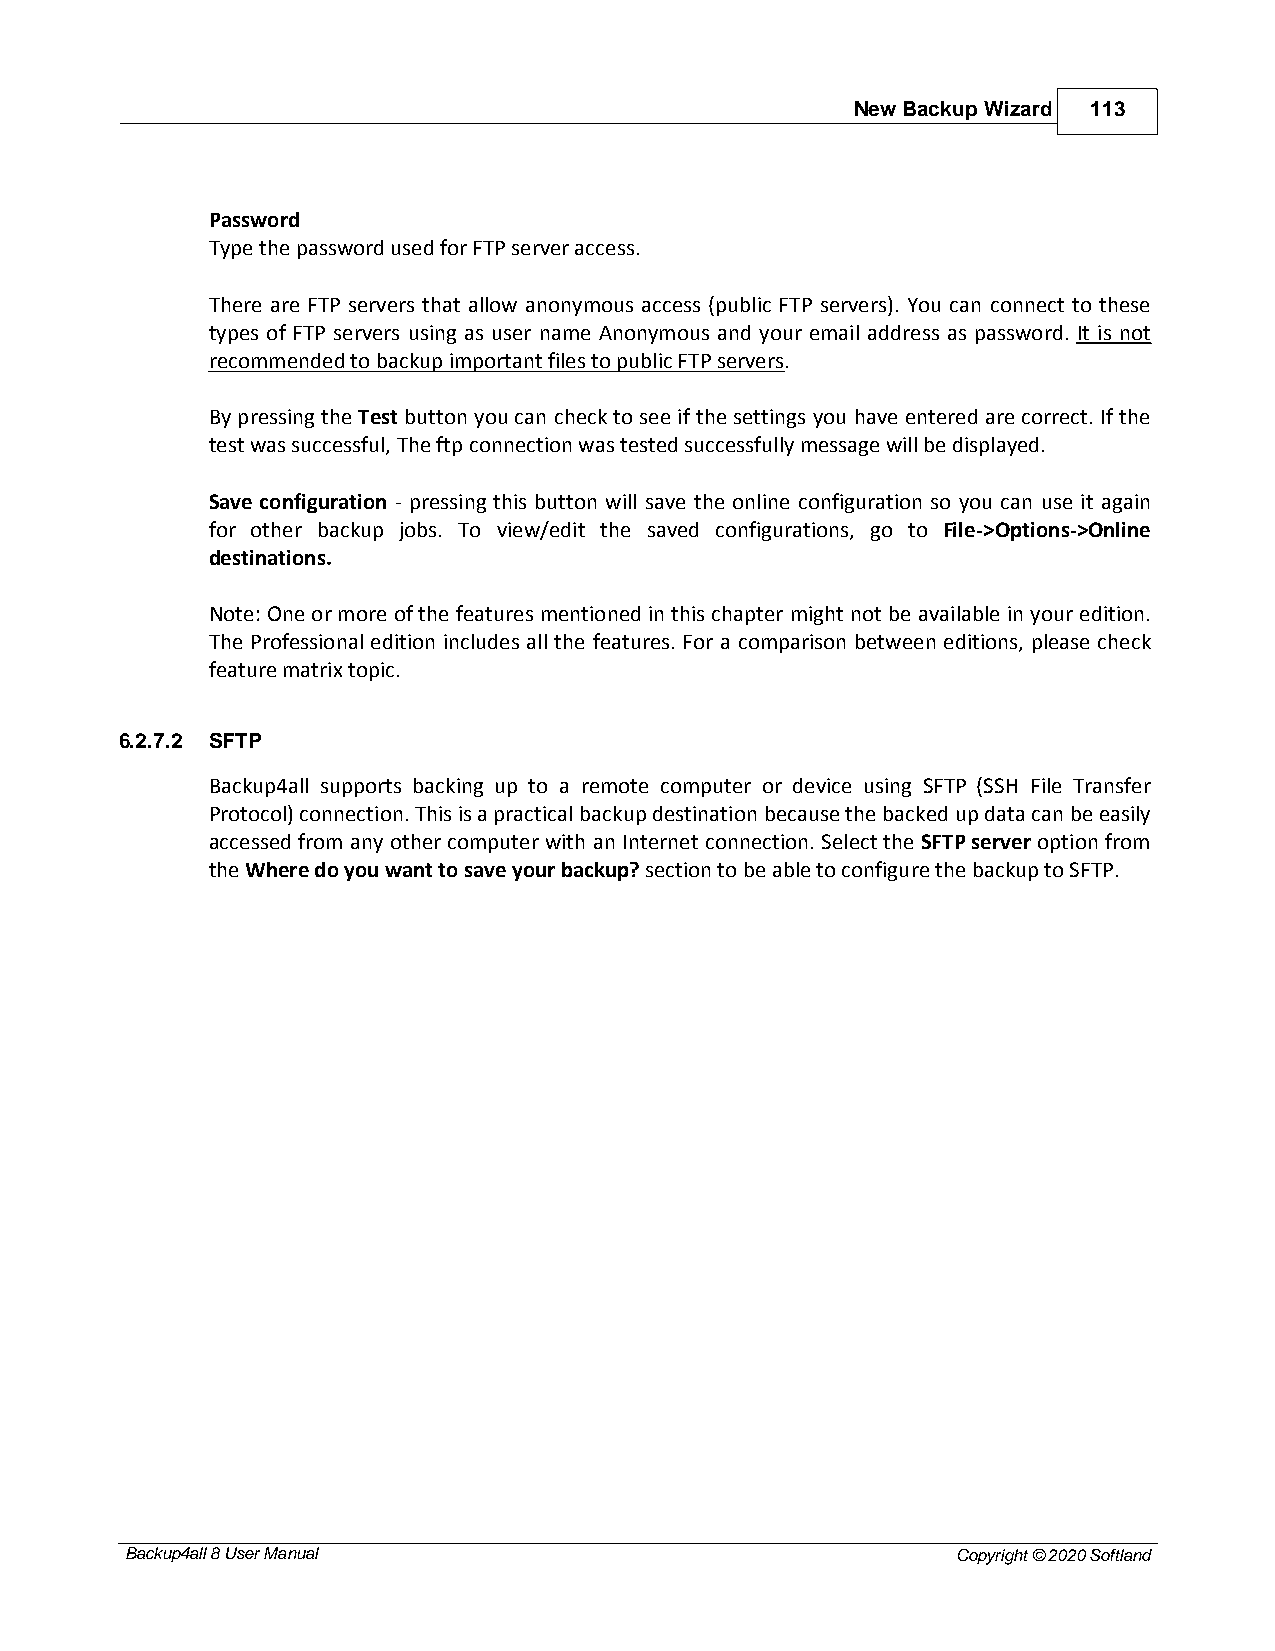
New Backup Wizard 113
 Password
 Type the password used for FTP server access.
 There are FTP servers that allow anonymous access (public FTP servers). You can connect to these
 types of FTP servers using as user name Anonymous and your email address as password. It is not
 recommended to backup important files to public FTP servers.
 By pressing the Test button you can check to see if the settings you have entered are correct. If the
 test was successful, The ftp connection was tested successfully message will be displayed.
 Save configuration - pressing this button will save the online configuration so you can use it again
 for other backup jobs. To view/edit the saved configurations, go to File->Options->Online
 destinations.
 Note: One or more of the features mentioned in this chapter might not be available in your edition.
 The Professional edition includes all the features. For a comparison between editions, please check
 feature matrix topic.
 6.2.7.2 SFTP
 Backup4all supports backing up to a remote computer or device using SFTP (SSH File Transfer
 Protocol) connection. This is a practical backup destination because the backed up data can be easily
 accessed from any other computer with an Internet connection. Select the SFTP server option from
 the Where do you want to save your backup? section to be able to configure the backup to SFTP.
 Backup4all 8 User Manual                               Copyright © 2020 Softland